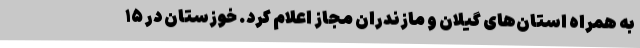
به همراه استان‌های گیلان و مازندران مجاز اعلام کرد. خوزستان در ۱۵